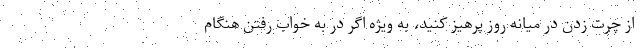
از چرت زدن در میانه روز پرهیز کنید، به ویژه اگر در به خواب رفتن هنگام